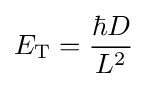
E_{\rm {T}}={\frac {\hbar D}{L^{2}}}